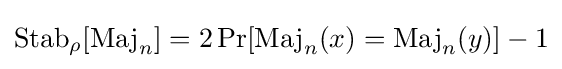
\operatorname {Stab} _{\rho }[\operatorname {Maj} _{n}]=2\Pr[\operatorname {Maj} _{n}(x)=\operatorname {Maj} _{n}(y)]-1